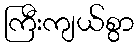
ကြီးကျယ်စွာ